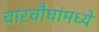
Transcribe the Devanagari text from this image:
चारचौघांमध्ये